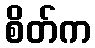
စိတ်က